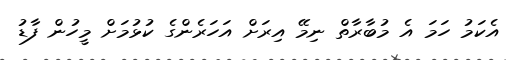
އެކަމު ހަމަ އެ މުބާރާތް ނިމޭ އިރަށް އަހަރެންގެ ކުޅުމަށް މީހުން ފާޑު